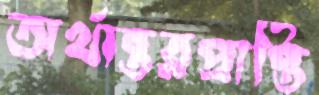
অর্থান্তরপ্রাপ্তি